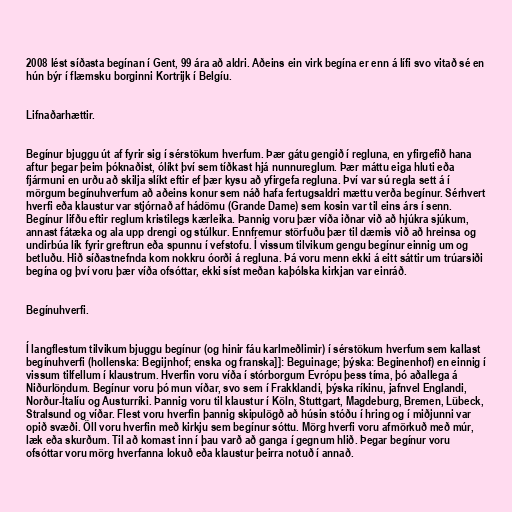
2008 lést síðasta begínan í Gent, 99 ára að aldri. Aðeins ein virk begína er enn á lífi svo vitað sé en
hún býr í flæmsku borginni Kortrijk í Belgíu.

Lifnaðarhættir.

Begínur bjuggu út af fyrir sig í sérstökum hverfum. Þær gátu gengið í regluna, en yfirgefið hana
aftur þegar þeim þóknaðist, ólíkt því sem tíðkast hjá nunnureglum. Þær máttu eiga hluti eða
fjármuni en urðu að skilja slíkt eftir ef þær kysu að yfirgefa regluna. Því var sú regla sett á í
mörgum begínuhverfum að aðeins konur sem náð hafa fertugsaldri mættu verða begínur. Sérhvert
hverfi eða klaustur var stjórnað af hádömu (Grande Dame) sem kosin var til eins árs í senn.
Begínur lifðu eftir reglum kristilegs kærleika. Þannig voru þær víða iðnar við að hjúkra sjúkum,
annast fátæka og ala upp drengi og stúlkur. Ennfremur störfuðu þær til dæmis við að hreinsa og
undirbúa lík fyrir greftrun eða spunnu í vefstofu. Í vissum tilvikum gengu begínur einnig um og
betluðu. Hið síðastnefnda kom nokkru óorði á regluna. Þá voru menn ekki á eitt sáttir um trúarsiði
begína og því voru þær víða ofsóttar, ekki síst meðan kaþólska kirkjan var einráð.

Begínuhverfi.

Í langflestum tilvikum bjuggu begínur (og hinir fáu karlmeðlimir) í sérstökum hverfum sem kallast
begínuhverfi (hollenska: Begijnhof; enska og franska]]: Beguinage; þýska: Beginenhof) en einnig í
vissum tilfellum í klaustrum. Hverfin voru víða í stórborgum Evrópu þess tíma, þó aðallega á
Niðurlöndum. Begínur voru þó mun víðar, svo sem í Frakklandi, þýska ríkinu, jafnvel Englandi,
Norður-Ítalíu og Austurríki. Þannig voru til klaustur í Köln, Stuttgart, Magdeburg, Bremen, Lübeck,
Stralsund og víðar. Flest voru hverfin þannig skipulögð að húsin stóðu í hring og í miðjunni var
opið svæði. Öll voru hverfin með kirkju sem begínur sóttu. Mörg hverfi voru afmörkuð með múr,
læk eða skurðum. Til að komast inn í þau varð að ganga í gegnum hlið. Þegar begínur voru
ofsóttar voru mörg hverfanna lokuð eða klaustur þeirra notuð í annað.